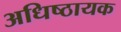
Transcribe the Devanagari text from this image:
अधिष्ठायक